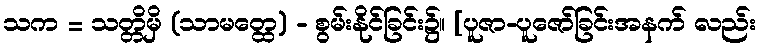
သက = သတ္တိမှိ (သာမတ္ထေ) - စွမ်းနိုင်ခြင်း၌။ [ပူဇာ-ပူဇော်ခြင်းအနက် လည်း